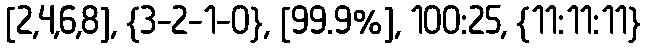
[2,4,6,8], {3-2-1-0}, [99.9%], 100:25, {11:11:11}